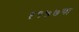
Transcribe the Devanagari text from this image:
१९७७चा